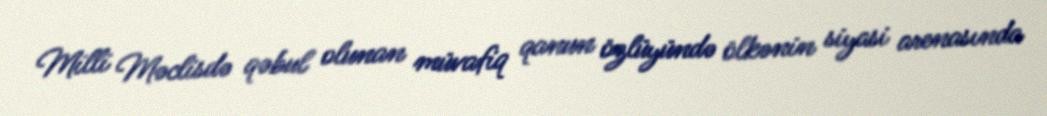
Milli Məclisdə qəbul olunan müvafiq qanun özlüyündə ölkənin siyasi arenasında